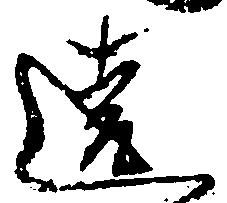
違